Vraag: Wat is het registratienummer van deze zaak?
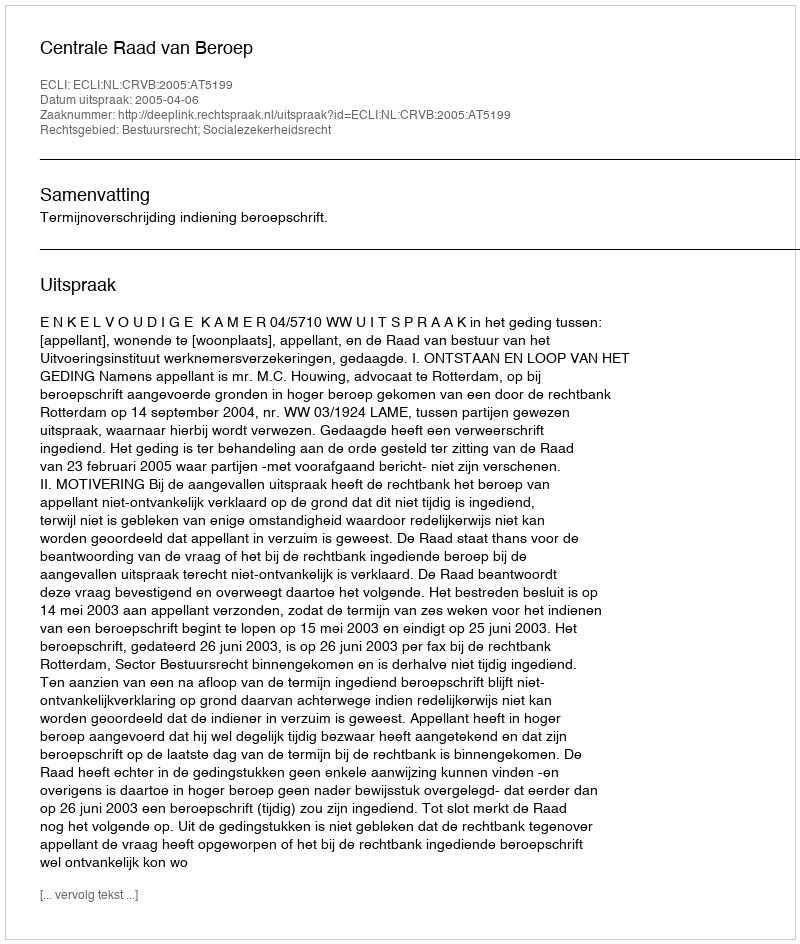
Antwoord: http://deeplink.rechtspraak.nl/uitspraak?id=ECLI:NL:CRVB:2005:AT5199